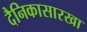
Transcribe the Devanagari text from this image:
दैनिकासारखा